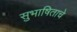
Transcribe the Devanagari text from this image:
सुभाषिताचे